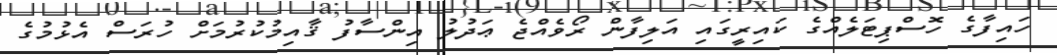
ހައިފާގެ ހޮސްޕިޓަލެއްގެ ކައިރީގައި އަލިފާން ރޯވެއްޖެ ޢަދުލު އިންސާފު ޤާއިމުކުރުމަށް ހުރަސް އެޅުމުގެ